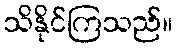
သိနိုင်ကြသည်။